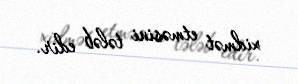
xidmət etməsini tələb edir.